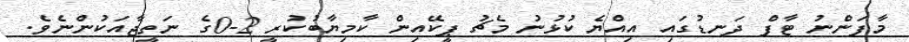
މާފަންނު ޓާފް ދަނޑުގައި އިއްޔެ ކުޅުނު މެޗު ޕީކޭއިން ކާމިޔާބުކުރީ 2-0ގެ ނަތީޖާއަކުންނެވެ.